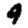
Digit: 9